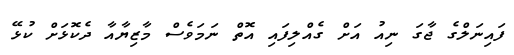
ފައިނަލްގެ ޖާގަ ނިއު އަށް ގެއްލިފައި އޮތް ނަމަވެސް މާޒިޔާއާ ދެކޮޅަށް ކުޅޭ